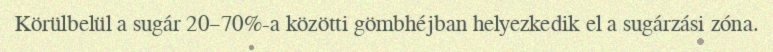
Körülbelül a sugár 20–70%-a közötti gömbhéjban helyezkedik el a sugárzási zóna.